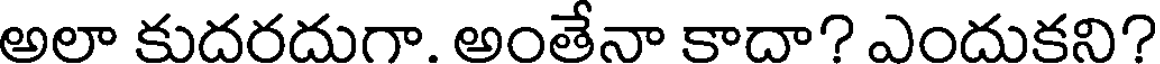
అలా కుదరదుగా. అంతేనా కాదా? ఎందుకని?